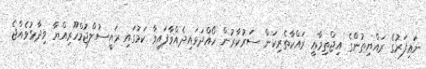
ނައިފަރުގެ ރައްޔިތުންގެ އިޖްތިމާޢީ ރައްކާތެރިކަން ސަރުކާރުން ހޯއްދަވައިދެއްވާފައިވާ ކަމުގައި ރައީސުލްޖުމްހޫރިއްޔާ ވިދާޅުވެއްޖެ